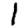
Digit: 1